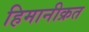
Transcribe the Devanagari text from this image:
हिमानीक्रत